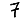
Digit: 7